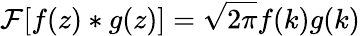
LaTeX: \mathcal{F}[f(z)\ast g(z)]=\sqrt{2\pi}f(k)g(k)